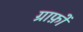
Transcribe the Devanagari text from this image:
ग्राफ़ों